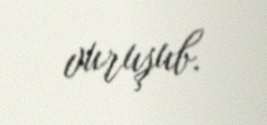
vuruşub.